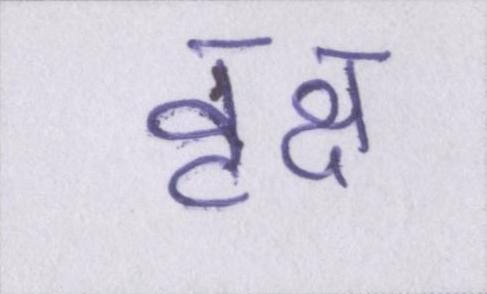
वृक्ष